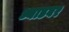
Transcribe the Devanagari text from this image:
ध्याडबर